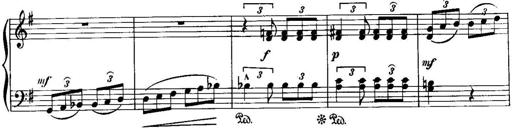
Title: Piano Sonatina No.1, Op.146
Composer: Stephen Heller